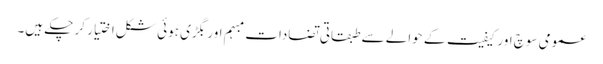
عمومی سوچ اور کیفیت کے حوالے سے طبقاتی تضادات مبہم اور بگڑی ہوئی شکل اختیار کر چکے ہیں۔